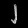
Digit: ၂